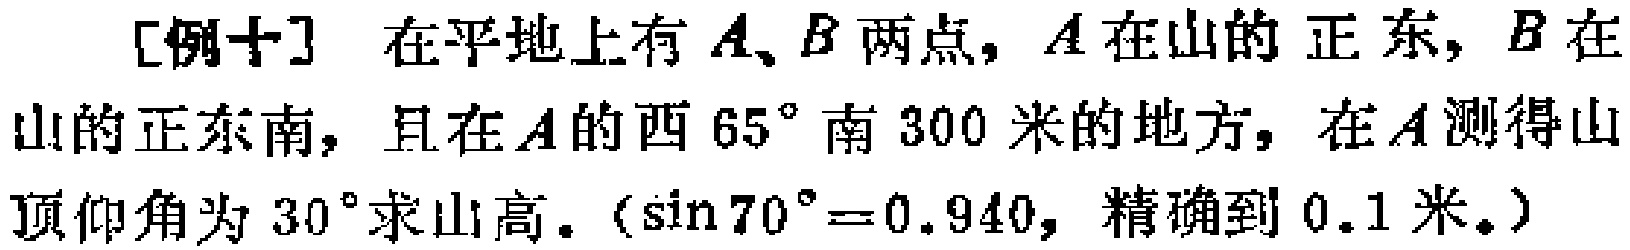
[例十] 在平地上有\(A、B\)两点，\(A\)在山的正东，\(B\)在山的正东南，且在\(A\)的西\(65^{\circ}\)南\(300\)米的地方，在\(A\)测得山顶仰角为\(30^{\circ}\)求山高。（\(\sin 70^{\circ}=0.940\)，精确到\(0.1\)米。）